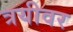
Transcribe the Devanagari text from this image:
त्रयीवर